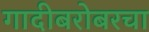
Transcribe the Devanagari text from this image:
गादीबरोबरचा